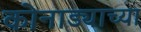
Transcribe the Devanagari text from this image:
कोनाड्याच्या